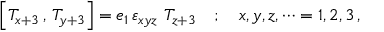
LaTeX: \left[ T _ { x + 3 } \, , \, T _ { y + 3 } \right] = e _ { 1 } \, \varepsilon _ { x y z } \, \, T _ { z + 3 } \quad ; \quad x , y , z , \dots = 1 , 2 , 3 \, ,